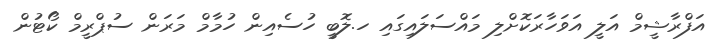
އަފްރާޝީމް އަލީ އަވަހާރަކޮށްލި މައްސަލައިގައި ހ.ލޮބީ ހުސެއިން ހުމާމް މަރަން ސުޕްރީމް ކޯޓުން